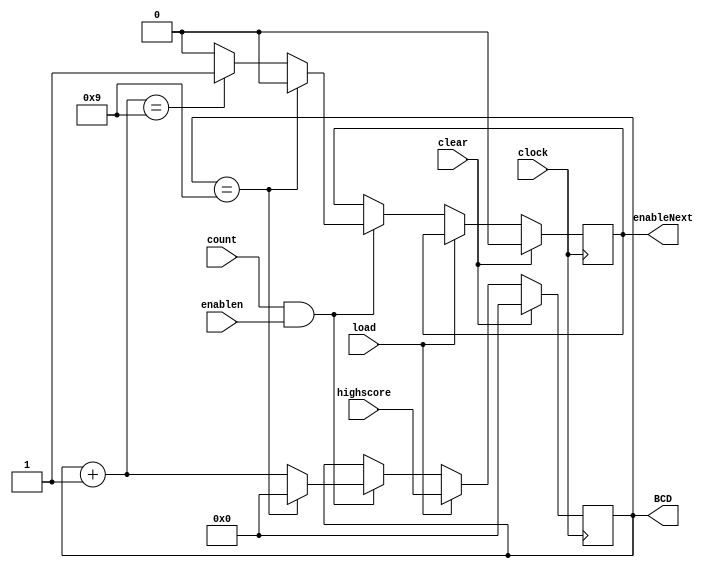
module BCDcount(input clock, clear, count, load, enablen, input [3:0] highscore, output reg [3:0] BCD, output reg enableNext);
parameter zeroize = 4'b0000, fullcount=4'b1001;
	always @(posedge clock)

	if(clear)
	begin
		BCD<=zeroize;
		enableNext<=0;
	end
		else	if(load)
		begin 
		BCD <= highscore;
		end 
	else if(count && enablen)
	begin
			if(BCD==fullcount)
			begin
				enableNext=0;
				BCD<=zeroize;
			end
			else
			begin
				BCD=BCD+1;
				if(BCD==fullcount)
					enableNext=1;
				else
				enableNext=0;
			end
		end
endmodule